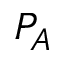
P _ { A }